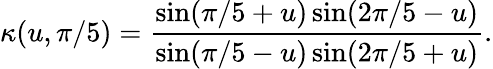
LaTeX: \kappa(u,{\pi/5})={\frac{\sin(\pi/5+u)\sin(2\pi/5-u)}{\sin(\pi/5-u)\sin(2\pi/5+u)}}.